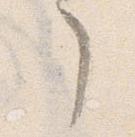
了